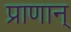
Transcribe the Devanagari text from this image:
प्राणान्